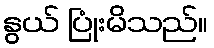
နွယ် ပြုံးမိသည်။